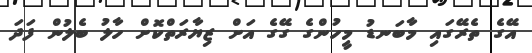
އޭގެ ތެރޭގައި މާބަނޑު މީހުންގެ ގޭގެ އަށް ޒިޔާރަތްކޮށް ހާލު ބެލުން ފަދަ